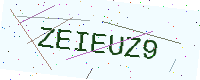
Text: ZEIEUZ9